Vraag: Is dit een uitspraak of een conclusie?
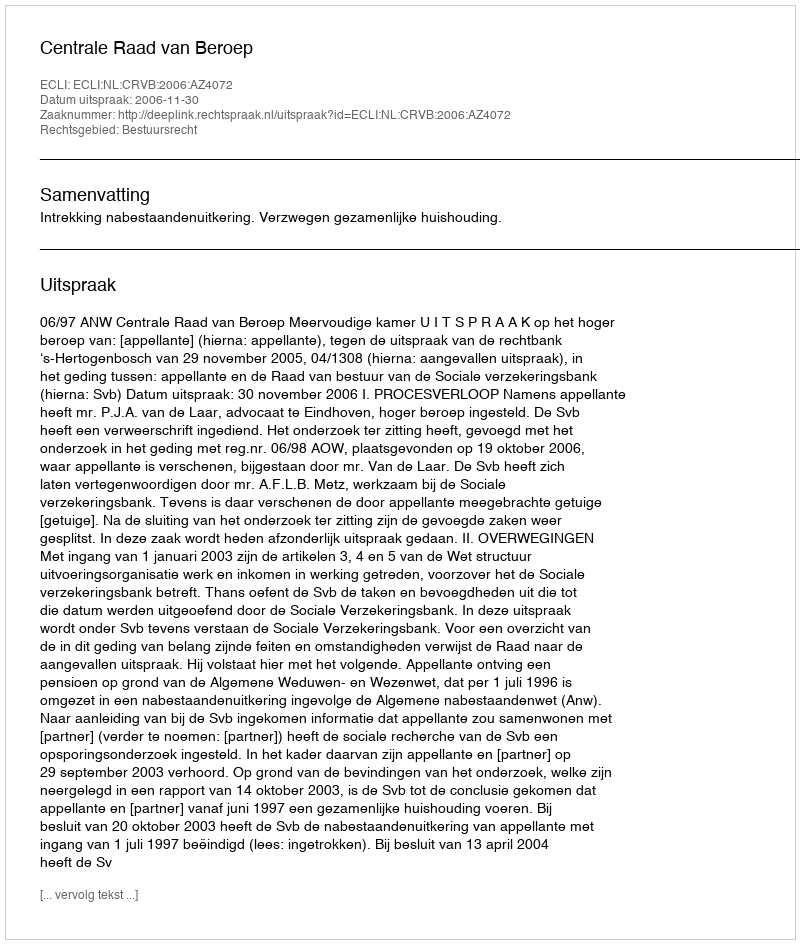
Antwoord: Uitspraak